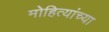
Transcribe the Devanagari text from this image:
मोहित्यांच्या